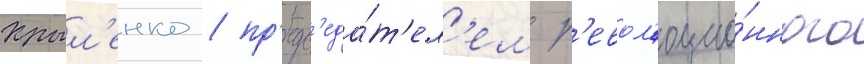
Крыл'енко / пр'едс'еда́т'ел'ем р'евол'юцио́нного